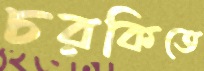
চরকিতে